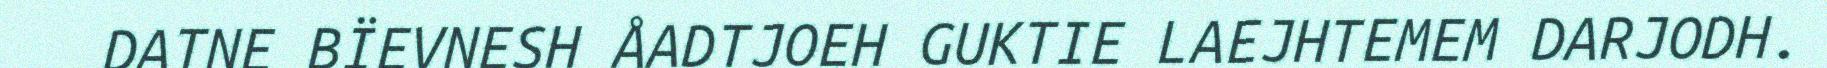
DATNE BÏEVNESH ÅADTJOEH GUKTIE LAEJHTEMEM DARJODH.